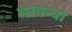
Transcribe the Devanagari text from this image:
सामन्यां